Bombay plague: being a history of the progress of plague in the Bombay presidency from September 1896 to June 1899
Year: 1896
Disease focus: Plague
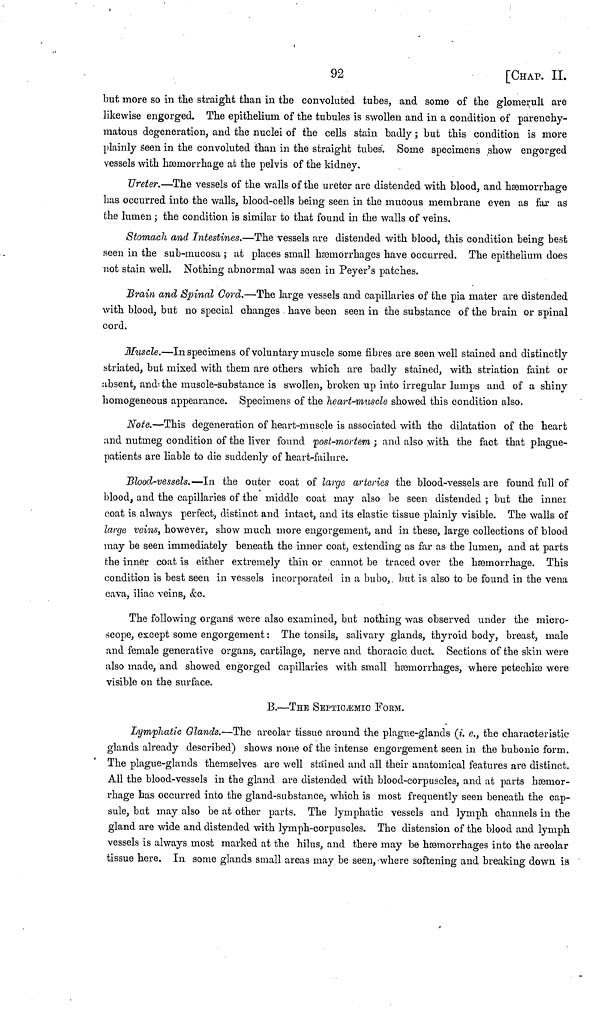
92
[CHAP. II.
but more so in the straight than in the convoluted tubes, and some of the glomeruli are
likewise engorged. The epithelium, of the tubules is swollen and in a condition of parenchy-
inatous degeneration, and the nuclei of the cells stain badly ; but this condition is more
plainly seen in the convoluted than in the straight tubes'. Some specimens show engorged
vessels with hæmorrhage at the pelvis of the kidney.
Ureter.—The vessels of the walls of the ureter are distended with blood, and hæmorrhage
has occurred into the walls, blood-cells being seen in the mucous membrane even as far as
the lumen ; the condition is similar to that found in the walls of veins.
Stomach and Intestines.—The vessels are distended with blood, this condition being best
seen in the sub-mucosa ; at places small hemorrhages have occurred. The epithelium does
not stain well. Nothing abnormal was seen in Peyer's patches.
Brain and Spinal Cord.—The large vessels and capillaries of the pia mater are distended
with blood, but no special changes have been seen in the substance of the brain or spinal
cord.
Muscle.—In specimens of voluntary muscle some fibres are seen well stained and distinctly
striated, but mixed with them are others which are badly stained, with striation faint or
absent, and the muscle-substance is swollen, broken up into irregular lumps and of a shiny
homogeneous appearance. Specimens of the heart-muscle showed this condition also.
Note.—This degeneration of heart-muscle is associated with the dilatation of the heart
and nutmeg condition of the liver found post-mortem ; and also with the fact that plague-
patients are liable to die suddenly of heart-failure.
Blood-vessels.—In the outer coat of largo arteries the blood-vessels are found full of
blood, and the capillaries of the middle coat may also be seen distended ; but the inner
coat is always perfect, distinct and intact, and its elastic tissue plainly visible. The walls of
large veins, however, show much inore engorgement, and in these, large collections of blood
may be seen immediately beneath the inner coat, extending as far as the lumen, and at parts
the inner coat is either extremely thin or cannot be traced over the hemorrhage. This
condition is best seen in vessels incorporated in a bubo, but is also to be found in the vena
cava, iliac veins, &c.
The following organs were also examined, but nothing was observed under the micro-
scope, except some engorgement : The tonsils, salivary glands, thyroid body, breast, male
and female generative organs, cartilage, nerve and thoracic duct. Sections of the skin were
also made, and showed engorged capillaries with small hemorrhages, where petechie were
visible on the surface.
B.—THE SEPTICÆMIC FORM.
Lymphatic Glands.—The areolar tissue around the plague-glands (i. e., the characteristic
glands already described) shows none of the intense engorgement seen in the bubonic form.
The plague-glands themselves are well stained and all their anatomical features are distinct.
All the blood-vessels in the gland are distended with blood-corpuscles, and at parts hæmor-
rhage has occurred into the gland-substance, which is most frequently seen beneath the cap-
sule, but may also be at other parts. The lymphatic vessels and lymph channels in the
gland are wide and distended with lymph-corpuscles. The distension of the blood and lymph
vessels is always most marked at the hilus, and there may be hæmorrhages into the areolar
tissue here. In some glands small areas may be seen, where softening and breaking down is